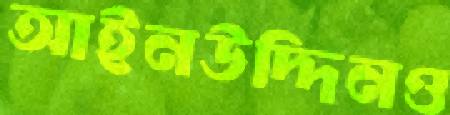
আইনউদ্দিনও